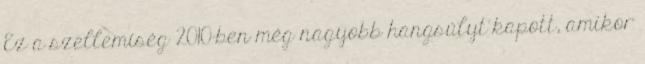
Ez a szellemiség 2010-ben még nagyobb hangsúlyt kapott, amikor